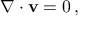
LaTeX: \nabla \cdot \mathbf { v } = 0 \, ,